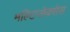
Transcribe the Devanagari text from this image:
मल्टिप्लेक्सेस